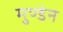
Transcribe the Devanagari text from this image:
मुण्‍डेन